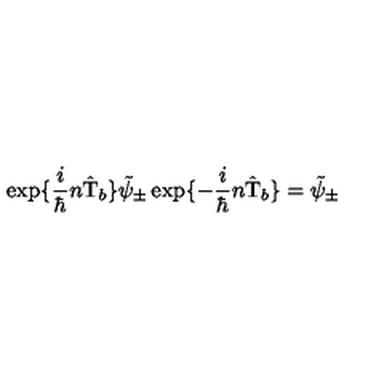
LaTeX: \exp \{ \frac { i } { \hbar } n \hat { \mathrm { T } } _ { b } \} \tilde { \psi } _ { \pm } \exp \{ - \frac { i } { \hbar } n \hat { \mathrm { T } } _ { b } \} = \tilde { \psi } _ { \pm }